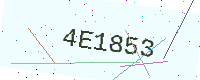
Text: 4E1853